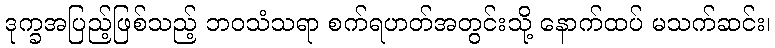
ဒုက္ခအပြည့်ဖြစ်သည့် ဘဝသံသရာ စက်ရဟတ်အတွင်းသို့ နောက်ထပ် မသက်ဆင်း၊